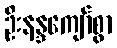
ဦးနန္ဒကျော်စွာ